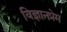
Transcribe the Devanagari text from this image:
विज्ञानप्रेम